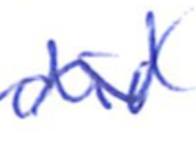
Text: did
Cross-out: wave
Writing tool: ballpoint